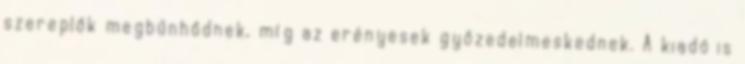
szereplők megbűnhődnek, míg az erényesek győzedelmeskednek. A kiadó is